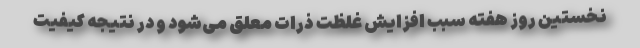
نخستین روز هفته سبب افزایش غلظت ذرات معلق می‌شود و در نتیجه کیفیت